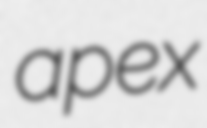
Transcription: apex